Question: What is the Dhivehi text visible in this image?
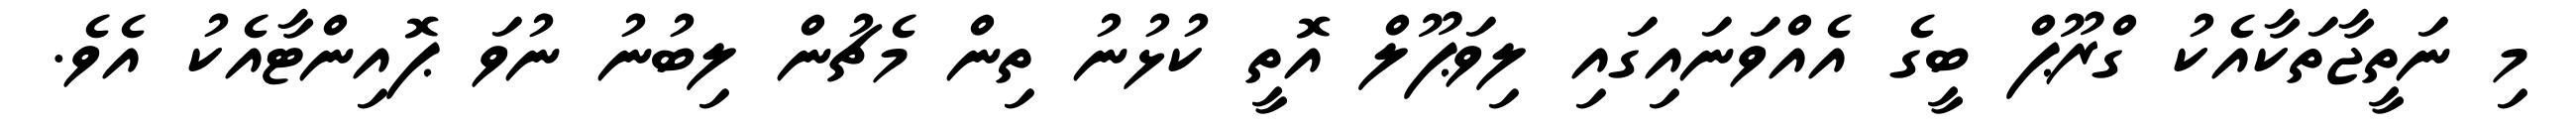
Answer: މި ނަތީޖާތަކާއެކު ގްރޫޕް ބީގެ އެއްވަނައިގައި ލިވަޕޫލް އޮތީ ކުޅުނު ތިން މެޗުން ލިބުނު ނުވަ ޕޮއިންޓާއެކު އެވެ.